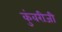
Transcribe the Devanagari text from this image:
कुंवरीजी